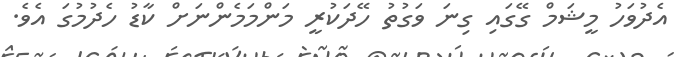
އެދުވަހު މީޝަމް ގޭގައި ގިނަ ވަގުތު ހޭދަކުރީ މަންމަމެންނަށް ކާޑު ހެދުމުގަ އެވެ.